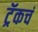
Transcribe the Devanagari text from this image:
ट्रॅकचं